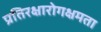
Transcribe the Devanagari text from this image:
प्रतिरक्षारोगक्षमता